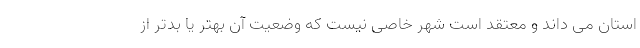
استان می داند و معتقد است شهر خاصی نیست که وضعیت آن بهتر یا بدتر از